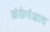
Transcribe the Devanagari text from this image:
लंकेपेक्षाच